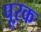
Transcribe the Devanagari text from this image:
पूऱक